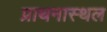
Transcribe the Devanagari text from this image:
प्राथनास्थल